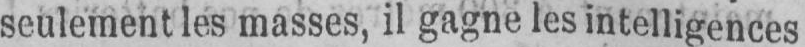
seulement les masses, il gagne les intelligences